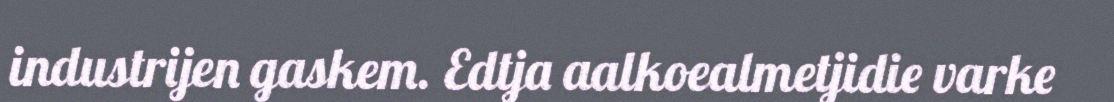
industrijen gaskem. Edtja aalkoealmetjidie varke